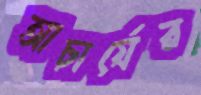
আচার্যের